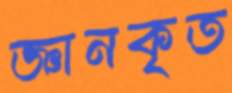
জ্ঞানকৃত